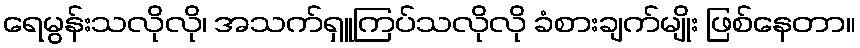
ရေမွန်းသလိုလို၊ အသက်ရှူကြပ်သလိုလို ခံစားချက်မျိုး ဖြစ်နေတာ။